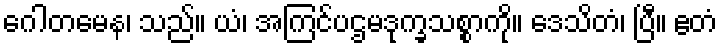
ဂေါတမေန၊ သည်။ ယံ၊ အကြင်ပဌမဒုက္ခသစ္စာကို။ ဒေသိတံ၊ ပြီ။ ဧတံ